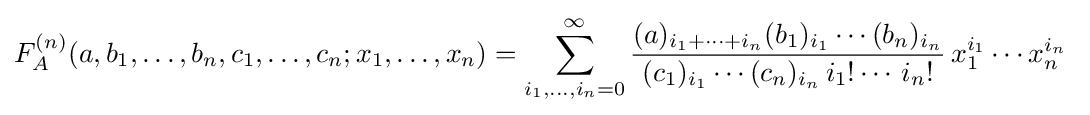
F_{A}^{(n)}(a,b_{1},\ldots ,b_{n},c_{1},\ldots ,c_{n};x_{1},\ldots ,x_{n})=\sum _{i_{1},\ldots ,i_{n}=0}^{\infty }{\frac {(a)_{i_{1}+\cdots +i_{n}}(b_{1})_{i_{1}}\cdots (b_{n})_{i_{n}}}{(c_{1})_{i_{1}}\cdots (c_{n})_{i_{n}}\,i_{1}!\cdots \,i_{n}!}}\,x_{1}^{i_{1}}\cdots x_{n}^{i_{n}}~